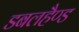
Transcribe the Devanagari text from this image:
डबलहैण्ड